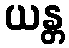
ယန္တ